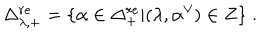
\Delta _ { \lambda , + } ^ { r e } = \{ \alpha \in \Delta _ { + } ^ { r e } | ( \lambda , \alpha ^ { \vee } ) \in Z \} \; .